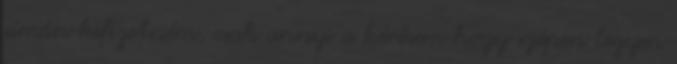
simán kifizetném, csak annyi a kérésem hogy szépen legyen